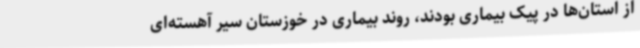
از استان‌ها در پیک بیماری بودند، روند بیماری در خوزستان سیر آهسته‌ای